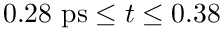
0 . 2 8 ~ \mathrm { p s } \leq t \leq 0 . 3 8